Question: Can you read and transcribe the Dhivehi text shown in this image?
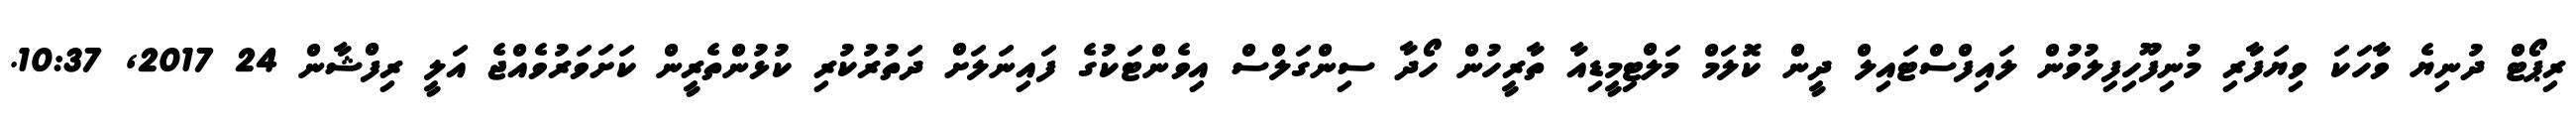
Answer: ރިޕޯޓް ދުނިޔެ ވާހަކަ ވިޔަފާރި މުނިފޫހިފިލުވުން ލައިފްސްޓައިލް ދީން ކޮލަމް މަލްޓިމީޑިއާ ތާރީހުން ހޯދާ ސިންގަލްސް އިވެންޓަކުގެ ފައިނަލަށް ދަތުރުކުރި ކުޅުންތެރީން ކަށަވަރުވެއްޖެ އަލީ ރިފްޝާން 24 2017, 10:37.